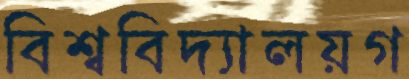
বিশ্ববিদ্যালয়গ